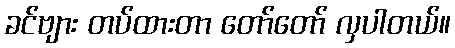
ခင်ဗျား တပ်ထားတာ တော်တော် လှပါတယ်။